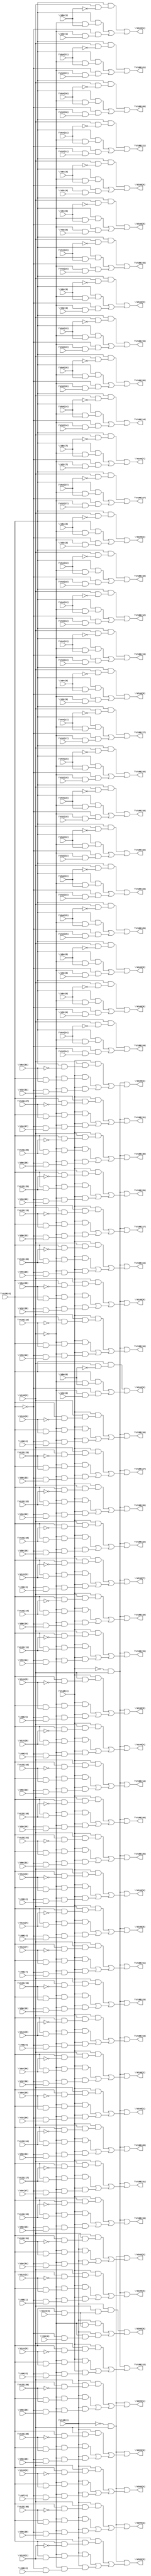
// IWLS benchmark module "i6" printed on Wed May 29 17:26:47 2002
module i6(\V138(0) , \V138(2) , \V32(27) , \V32(26) , \V32(25) , \V32(24) , \V32(23) , \V32(22) , \V32(21) , \V32(20) , \V32(19) , \V32(18) , \V32(17) , \V32(16) , \V32(15) , \V32(14) , \V32(13) , \V32(12) , \V32(11) , \V32(10) , \V32(9) , \V32(8) , \V32(7) , \V32(6) , \V32(5) , \V32(4) , \V32(3) , \V32(2) , \V32(1) , \V32(0) , \V64(27) , \V64(26) , \V64(25) , \V64(24) , \V64(23) , \V64(22) , \V64(21) , \V64(20) , \V64(19) , \V64(18) , \V64(17) , \V64(16) , \V64(15) , \V64(14) , \V64(13) , \V64(12) , \V64(11) , \V64(10) , \V64(9) , \V64(8) , \V64(7) , \V64(6) , \V64(5) , \V64(4) , \V64(3) , \V64(2) , \V64(1) , \V64(0) , \V96(27) , \V138(4) , \V96(26) , \V96(25) , \V96(24) , \V96(23) , \V96(22) , \V96(21) , \V96(20) , \V96(19) , \V96(18) , \V96(17) , \V96(16) , \V96(15) , \V96(14) , \V96(13) , \V96(12) , \V96(11) , \V96(10) , \V96(9) , \V96(8) , \V96(7) , \V96(6) , \V96(5) , \V96(4) , \V96(3) , \V96(2) , \V96(1) , \V96(0) , \V32(31) , \V32(30) , \V32(29) , \V32(28) , \V131(27) , \V131(26) , \V131(25) , \V131(24) , \V131(23) , \V131(22) , \V131(21) , \V131(20) , \V131(19) , \V131(18) , \V131(17) , \V131(16) , \V131(15) , \V131(14) , \V131(13) , \V131(12) , \V131(11) , \V131(10) , \V131(9) , \V131(8) , \V131(7) , \V131(6) , \V131(5) , \V131(4) , \V131(3) , \V131(2) , \V131(1) , \V131(0) , \V64(31) , \V64(30) , \V64(29) , \V64(28) , \V99(0) , \V138(3) , \V98(0) , \V97(0) , \V96(31) , \V96(30) , \V96(29) , \V96(28) , \V134(0) , \V133(1) , \V133(0) , \V131(31) , \V131(30) , \V131(29) , \V131(28) , \V166(27) , \V166(26) , \V166(25) , \V166(24) , \V166(23) , \V166(22) , \V166(21) , \V166(20) , \V166(19) , \V166(18) , \V166(17) , \V166(16) , \V166(15) , \V166(14) , \V166(13) , \V166(12) , \V166(11) , \V166(10) , \V166(9) , \V166(8) , \V166(7) , \V166(6) , \V166(5) , \V166(4) , \V166(3) , \V166(2) , \V166(1) , \V166(0) , \V198(31) , \V198(30) , \V198(29) , \V198(28) , \V198(27) , \V198(26) , \V198(25) , \V198(24) , \V198(23) , \V198(22) , \V198(21) , \V198(20) , \V198(19) , \V198(18) , \V198(17) , \V198(16) , \V198(15) , \V198(14) , \V198(13) , \V198(12) , \V198(11) , \V198(10) , \V198(9) , \V198(8) , \V198(7) , \V198(6) , \V198(5) , \V198(4) , \V198(3) , \V198(2) , \V198(1) , \V198(0) , \V205(6) , \V205(5) , \V205(4) , \V205(3) , \V205(2) , \V205(1) , \V205(0) );
input
  \V138(0) ,
  \V96(0) ,
  \V96(1) ,
  \V64(13) ,
  \V96(2) ,
  \V64(12) ,
  \V96(3) ,
  \V64(15) ,
  \V96(4) ,
  \V64(14) ,
  \V96(5) ,
  \V96(6) ,
  \V96(7) ,
  \V64(11) ,
  \V96(8) ,
  \V64(10) ,
  \V96(9) ,
  \V97(0) ,
  \V64(17) ,
  \V64(16) ,
  \V64(19) ,
  \V64(18) ,
  \V64(23) ,
  \V64(22) ,
  \V64(25) ,
  \V64(24) ,
  \V98(0) ,
  \V64(21) ,
  \V64(20) ,
  \V64(27) ,
  \V64(26) ,
  \V64(29) ,
  \V64(28) ,
  \V99(0) ,
  \V64(31) ,
  \V64(30) ,
  \V32(0) ,
  \V32(1) ,
  \V32(2) ,
  \V32(3) ,
  \V32(13) ,
  \V32(4) ,
  \V32(12) ,
  \V32(5) ,
  \V32(15) ,
  \V32(6) ,
  \V32(14) ,
  \V32(7) ,
  \V32(8) ,
  \V32(9) ,
  \V32(11) ,
  \V32(10) ,
  \V32(17) ,
  \V32(16) ,
  \V32(19) ,
  \V32(18) ,
  \V32(23) ,
  \V32(22) ,
  \V32(25) ,
  \V32(24) ,
  \V32(21) ,
  \V32(20) ,
  \V131(27) ,
  \V131(26) ,
  \V32(27) ,
  \V131(29) ,
  \V96(13) ,
  \V32(26) ,
  \V131(28) ,
  \V96(12) ,
  \V32(29) ,
  \V96(15) ,
  \V32(28) ,
  \V96(14) ,
  \V96(11) ,
  \V96(10) ,
  \V131(21) ,
  \V131(20) ,
  \V32(31) ,
  \V131(23) ,
  \V131(3) ,
  \V32(30) ,
  \V131(22) ,
  \V131(2) ,
  \V131(25) ,
  \V131(5) ,
  \V96(17) ,
  \V131(24) ,
  \V131(4) ,
  \V96(16) ,
  \V131(17) ,
  \V96(19) ,
  \V131(16) ,
  \V96(18) ,
  \V131(19) ,
  \V131(1) ,
  \V96(23) ,
  \V131(18) ,
  \V131(0) ,
  \V96(22) ,
  \V96(25) ,
  \V96(24) ,
  \V131(7) ,
  \V96(21) ,
  \V131(6) ,
  \V96(20) ,
  \V131(11) ,
  \V131(9) ,
  \V131(10) ,
  \V131(8) ,
  \V131(13) ,
  \V131(12) ,
  \V131(15) ,
  \V96(27) ,
  \V131(14) ,
  \V96(26) ,
  \V96(29) ,
  \V96(28) ,
  \V64(0) ,
  \V96(31) ,
  \V133(1) ,
  \V64(1) ,
  \V96(30) ,
  \V133(0) ,
  \V64(2) ,
  \V64(3) ,
  \V64(4) ,
  \V64(5) ,
  \V64(6) ,
  \V64(7) ,
  \V64(8) ,
  \V64(9) ,
  \V134(0) ,
  \V131(31) ,
  \V131(30) ,
  \V138(3) ,
  \V138(2) ,
  \V138(4) ;
output
  \V198(11) ,
  \V198(10) ,
  \V198(13) ,
  \V198(12) ,
  \V198(15) ,
  \V198(14) ,
  \V166(3) ,
  \V166(2) ,
  \V166(5) ,
  \V166(4) ,
  \V166(1) ,
  \V166(0) ,
  \V166(7) ,
  \V166(6) ,
  \V166(9) ,
  \V166(8) ,
  \V198(31) ,
  \V198(30) ,
  \V205(3) ,
  \V205(2) ,
  \V205(5) ,
  \V205(4) ,
  \V166(27) ,
  \V166(26) ,
  \V198(3) ,
  \V198(2) ,
  \V205(1) ,
  \V198(5) ,
  \V205(0) ,
  \V198(4) ,
  \V198(1) ,
  \V198(0) ,
  \V205(6) ,
  \V166(21) ,
  \V166(20) ,
  \V166(23) ,
  \V166(22) ,
  \V198(7) ,
  \V166(25) ,
  \V198(6) ,
  \V166(24) ,
  \V198(9) ,
  \V166(17) ,
  \V198(8) ,
  \V166(16) ,
  \V166(19) ,
  \V166(18) ,
  \V166(11) ,
  \V166(10) ,
  \V166(13) ,
  \V166(12) ,
  \V166(15) ,
  \V166(14) ,
  \V198(27) ,
  \V198(26) ,
  \V198(29) ,
  \V198(28) ,
  \V198(21) ,
  \V198(20) ,
  \V198(23) ,
  \V198(22) ,
  \V198(25) ,
  \V198(24) ,
  \V198(17) ,
  \V198(16) ,
  \V198(19) ,
  \V198(18) ;
wire
  \V291(21) ,
  \V291(20) ,
  \V291(23) ,
  \V291(22) ,
  \V291(25) ,
  \V291(24) ,
  \V291(17) ,
  \V291(16) ,
  \V291(19) ,
  \V291(18) ,
  \V389(3) ,
  \V389(2) ,
  \V291(11) ,
  \V291(10) ,
  \V291(13) ,
  \V291(12) ,
  \V389(1) ,
  \V291(15) ,
  \V389(0) ,
  \V291(14) ,
  \V417(27) ,
  \V417(26) ,
  \[0] ,
  \[1] ,
  \[2] ,
  \[3] ,
  \V417(21) ,
  \[4] ,
  \V417(20) ,
  \[5] ,
  \V417(23) ,
  \[6] ,
  \V417(22) ,
  \[7] ,
  \V417(25) ,
  \[8] ,
  \V417(24) ,
  \[9] ,
  \V417(17) ,
  \V417(16) ,
  \V417(19) ,
  \V417(18) ,
  \V417(11) ,
  \V417(10) ,
  \V417(13) ,
  \V417(12) ,
  \V417(15) ,
  \V417(14) ,
  V206,
  V207,
  V208,
  V209,
  V210,
  V211,
  V212,
  V213,
  V214,
  V215,
  V216,
  V217,
  V218,
  V219,
  V220,
  V221,
  V222,
  V223,
  V224,
  V225,
  V226,
  V227,
  V228,
  V229,
  V230,
  V231,
  V232,
  V233,
  V234,
  V235,
  V236,
  V237,
  V238,
  V239,
  V240,
  V241,
  V242,
  V243,
  V244,
  V245,
  V246,
  V247,
  V248,
  V249,
  V250,
  V251,
  V252,
  V253,
  V254,
  V255,
  V256,
  V257,
  V258,
  V259,
  V260,
  V261,
  V262,
  V263,
  V292,
  V293,
  V294,
  V295,
  V296,
  V297,
  V298,
  V299,
  V300,
  V301,
  V302,
  V303,
  V304,
  V305,
  V306,
  V307,
  V308,
  V309,
  V310,
  V311,
  V312,
  V313,
  V314,
  V315,
  V316,
  V317,
  V318,
  V319,
  V320,
  V321,
  V322,
  V323,
  V324,
  V325,
  V326,
  V327,
  V328,
  V329,
  V330,
  V331,
  V332,
  V333,
  V334,
  V335,
  V336,
  V337,
  V338,
  V339,
  V340,
  V341,
  V342,
  V343,
  V344,
  V345,
  V346,
  V347,
  V348,
  V349,
  V350,
  V351,
  V352,
  V353,
  V354,
  V355,
  V356,
  V357,
  V358,
  V359,
  V360,
  V361,
  V362,
  V363,
  V364,
  V365,
  V366,
  V367,
  V368,
  V369,
  V370,
  V371,
  V372,
  V373,
  V374,
  V375,
  V376,
  V377,
  V378,
  V379,
  V380,
  V381,
  V382,
  V383,
  V384,
  V385,
  V418,
  V419,
  V420,
  V421,
  V422,
  V423,
  V424,
  V425,
  V426,
  V427,
  V428,
  V429,
  V430,
  V431,
  V432,
  V433,
  V434,
  V435,
  V436,
  V437,
  V438,
  V439,
  V440,
  V441,
  V442,
  V443,
  V444,
  V445,
  V446,
  V447,
  V448,
  V449,
  V450,
  V451,
  V452,
  V453,
  V454,
  V455,
  V456,
  V457,
  V458,
  V459,
  V460,
  V461,
  V462,
  V463,
  V464,
  V465,
  V466,
  V467,
  V474,
  V475,
  V476,
  V477,
  V478,
  V479,
  \V417(3) ,
  V480,
  V481,
  V482,
  \V417(2) ,
  \V417(5) ,
  \V417(4) ,
  \[10] ,
  \[11] ,
  \[12] ,
  \V417(1) ,
  \[13] ,
  \V417(0) ,
  \[14] ,
  \[15] ,
  \[16] ,
  \[17] ,
  \[18] ,
  \V417(7) ,
  \[19] ,
  \V417(6) ,
  \V417(9) ,
  \V417(8) ,
  \[20] ,
  \[21] ,
  \[22] ,
  \[23] ,
  \[24] ,
  \[25] ,
  \[26] ,
  \[27] ,
  \[28] ,
  \V471(3) ,
  \[29] ,
  \V471(2) ,
  \V471(1) ,
  \V471(0) ,
  \[30] ,
  \[31] ,
  \[32] ,
  \[33] ,
  \[34] ,
  \[35] ,
  \[36] ,
  \[37] ,
  \[38] ,
  \V291(3) ,
  \[39] ,
  \V291(2) ,
  \V291(5) ,
  \V291(4) ,
  \V291(1) ,
  \V291(0) ,
  \[40] ,
  \[41] ,
  \[42] ,
  \[43] ,
  \[44] ,
  \V291(7) ,
  \V473(1) ,
  \[45] ,
  \V291(6) ,
  \V473(0) ,
  \[46] ,
  \V291(9) ,
  \[47] ,
  \V291(8) ,
  \[48] ,
  \[49] ,
  \[50] ,
  \[51] ,
  \[52] ,
  \[53] ,
  \[54] ,
  \[55] ,
  \[56] ,
  \[57] ,
  \[58] ,
  \[59] ,
  \[60] ,
  \[61] ,
  \[62] ,
  \[63] ,
  \[64] ,
  \[65] ,
  \[66] ,
  \V291(27) ,
  \V291(26) ;
assign
  \V291(21)  = ~\V64(21) ,
  \V198(11)  = \[48] ,
  \V291(20)  = ~\V64(20) ,
  \V198(10)  = \[49] ,
  \V291(23)  = ~\V64(23) ,
  \V198(13)  = \[46] ,
  \V291(22)  = ~\V64(22) ,
  \V198(12)  = \[47] ,
  \V291(25)  = ~\V64(25) ,
  \V198(15)  = \[44] ,
  \V291(24)  = ~\V64(24) ,
  \V198(14)  = \[45] ,
  \V291(17)  = ~\V64(17) ,
  \V291(16)  = ~\V64(16) ,
  \V291(19)  = ~\V64(19) ,
  \V291(18)  = ~\V64(18) ,
  \V389(3)  = ~\V64(31) ,
  \V166(3)  = \[24] ,
  \V389(2)  = ~\V64(30) ,
  \V166(2)  = \[25] ,
  \V291(11)  = ~\V64(11) ,
  \V166(5)  = \[22] ,
  \V291(10)  = ~\V64(10) ,
  \V166(4)  = \[23] ,
  \V291(13)  = ~\V64(13) ,
  \V291(12)  = ~\V64(12) ,
  \V389(1)  = ~\V64(29) ,
  \V291(15)  = ~\V64(15) ,
  \V166(1)  = \[26] ,
  \V389(0)  = ~\V64(28) ,
  \V291(14)  = ~\V64(14) ,
  \V166(0)  = \[27] ,
  \V166(7)  = \[20] ,
  \V166(6)  = \[21] ,
  \V166(9)  = \[18] ,
  \V417(27)  = ~\V131(27) ,
  \V166(8)  = \[19] ,
  \V417(26)  = ~\V131(26) ,
  \V198(31)  = \[28] ,
  \V198(30)  = \[29] ,
  \[0]  = V292 | (V236 | V208),
  \[1]  = V293 | (V237 | V209),
  \[2]  = V294 | (V238 | V210),
  \[3]  = V295 | (V239 | V211),
  \V417(21)  = ~\V131(21) ,
  \[4]  = V296 | (V240 | V212),
  \V417(20)  = ~\V131(20) ,
  \[5]  = V297 | (V241 | V213),
  \V417(23)  = ~\V131(23) ,
  \[6]  = V298 | (V242 | V214),
  \V417(22)  = ~\V131(22) ,
  \[7]  = V299 | (V243 | V215),
  \V417(25)  = ~\V131(25) ,
  \[8]  = V300 | (V244 | V216),
  \V417(24)  = ~\V131(24) ,
  \[9]  = V301 | (V245 | V217),
  \V417(17)  = ~\V131(17) ,
  \V417(16)  = ~\V131(16) ,
  \V417(19)  = ~\V131(19) ,
  \V417(18)  = ~\V131(18) ,
  \V417(11)  = ~\V131(11) ,
  \V417(10)  = ~\V131(10) ,
  \V417(13)  = ~\V131(13) ,
  \V417(12)  = ~\V131(12) ,
  \V417(15)  = ~\V131(15) ,
  \V417(14)  = ~\V131(14) ,
  \V205(3)  = \[63] ,
  \V205(2)  = \[64] ,
  \V205(5)  = \[61] ,
  \V205(4)  = \[62] ,
  \V166(27)  = \[0] ,
  \V166(26)  = \[1] ,
  \V198(3)  = \[56] ,
  \V198(2)  = \[57] ,
  \V205(1)  = \[65] ,
  \V198(5)  = \[54] ,
  \V205(0)  = \[66] ,
  \V198(4)  = \[55] ,
  \V198(1)  = \[58] ,
  \V198(0)  = \[59] ,
  \V205(6)  = \[60] ,
  \V166(21)  = \[6] ,
  V206 = ~\V138(0) ,
  V207 = ~\V138(2) ,
  \V166(20)  = \[7] ,
  V208 = V206 & (V207 & \V32(27) ),
  V209 = V206 & (V207 & \V32(26) ),
  V210 = V206 & (V207 & \V32(25) ),
  V211 = V206 & (V207 & \V32(24) ),
  V212 = V206 & (V207 & \V32(23) ),
  V213 = V206 & (V207 & \V32(22) ),
  V214 = V206 & (V207 & \V32(21) ),
  V215 = V206 & (V207 & \V32(20) ),
  V216 = V206 & (V207 & \V32(19) ),
  V217 = V206 & (V207 & \V32(18) ),
  \V166(23)  = \[4] ,
  V218 = V206 & (V207 & \V32(17) ),
  V219 = V206 & (V207 & \V32(16) ),
  V220 = V206 & (V207 & \V32(15) ),
  V221 = V206 & (V207 & \V32(14) ),
  V222 = V206 & (V207 & \V32(13) ),
  V223 = V206 & (V207 & \V32(12) ),
  V224 = V206 & (V207 & \V32(11) ),
  V225 = V206 & (V207 & \V32(10) ),
  V226 = V206 & (V207 & \V32(9) ),
  V227 = V206 & (V207 & \V32(8) ),
  \V166(22)  = \[5] ,
  \V198(7)  = \[52] ,
  V228 = V206 & (V207 & \V32(7) ),
  V229 = V206 & (V207 & \V32(6) ),
  V230 = V206 & (V207 & \V32(5) ),
  V231 = V206 & (V207 & \V32(4) ),
  V232 = V206 & (V207 & \V32(3) ),
  V233 = V206 & (V207 & \V32(2) ),
  V234 = V206 & (V207 & \V32(1) ),
  V235 = V206 & (V207 & \V32(0) ),
  V236 = \V138(0)  & (V207 & \V64(27) ),
  V237 = \V138(0)  & (V207 & \V64(26) ),
  \V166(25)  = \[2] ,
  \V198(6)  = \[53] ,
  V238 = \V138(0)  & (V207 & \V64(25) ),
  V239 = \V138(0)  & (V207 & \V64(24) ),
  V240 = \V138(0)  & (V207 & \V64(23) ),
  V241 = \V138(0)  & (V207 & \V64(22) ),
  V242 = \V138(0)  & (V207 & \V64(21) ),
  V243 = \V138(0)  & (V207 & \V64(20) ),
  V244 = \V138(0)  & (V207 & \V64(19) ),
  V245 = \V138(0)  & (V207 & \V64(18) ),
  V246 = \V138(0)  & (V207 & \V64(17) ),
  V247 = \V138(0)  & (V207 & \V64(16) ),
  \V166(24)  = \[3] ,
  \V198(9)  = \[50] ,
  V248 = \V138(0)  & (V207 & \V64(15) ),
  V249 = \V138(0)  & (V207 & \V64(14) ),
  V250 = \V138(0)  & (V207 & \V64(13) ),
  V251 = \V138(0)  & (V207 & \V64(12) ),
  V252 = \V138(0)  & (V207 & \V64(11) ),
  V253 = \V138(0)  & (V207 & \V64(10) ),
  V254 = \V138(0)  & (V207 & \V64(9) ),
  V255 = \V138(0)  & (V207 & \V64(8) ),
  V256 = \V138(0)  & (V207 & \V64(7) ),
  V257 = \V138(0)  & (V207 & \V64(6) ),
  \V166(17)  = \[10] ,
  \V198(8)  = \[51] ,
  V258 = \V138(0)  & (V207 & \V64(5) ),
  V259 = \V138(0)  & (V207 & \V64(4) ),
  V260 = \V138(0)  & (V207 & \V64(3) ),
  V261 = \V138(0)  & (V207 & \V64(2) ),
  V262 = \V138(0)  & (V207 & \V64(1) ),
  V263 = \V138(0)  & (V207 & \V64(0) ),
  \V166(16)  = \[11] ,
  \V166(19)  = \[8] ,
  \V166(18)  = \[9] ,
  V292 = \V138(0)  & (\V138(2)  & \V291(27) ),
  V293 = \V138(0)  & (\V138(2)  & \V291(26) ),
  V294 = \V138(0)  & (\V138(2)  & \V291(25) ),
  V295 = \V138(0)  & (\V138(2)  & \V291(24) ),
  V296 = \V138(0)  & (\V138(2)  & \V291(23) ),
  V297 = \V138(0)  & (\V138(2)  & \V291(22) ),
  V298 = \V138(0)  & (\V138(2)  & \V291(21) ),
  V299 = \V138(0)  & (\V138(2)  & \V291(20) ),
  \V166(11)  = \[16] ,
  V300 = \V138(0)  & (\V138(2)  & \V291(19) ),
  V301 = \V138(0)  & (\V138(2)  & \V291(18) ),
  V302 = \V138(0)  & (\V138(2)  & \V291(17) ),
  V303 = \V138(0)  & (\V138(2)  & \V291(16) ),
  V304 = \V138(0)  & (\V138(2)  & \V291(15) ),
  V305 = \V138(0)  & (\V138(2)  & \V291(14) ),
  V306 = \V138(0)  & (\V138(2)  & \V291(13) ),
  V307 = \V138(0)  & (\V138(2)  & \V291(12) ),
  \V166(10)  = \[17] ,
  V308 = \V138(0)  & (\V138(2)  & \V291(11) ),
  V309 = \V138(0)  & (\V138(2)  & \V291(10) ),
  V310 = \V138(0)  & (\V138(2)  & \V291(9) ),
  V311 = \V138(0)  & (\V138(2)  & \V291(8) ),
  V312 = \V138(0)  & (\V138(2)  & \V291(7) ),
  V313 = \V138(0)  & (\V138(2)  & \V291(6) ),
  V314 = \V138(0)  & (\V138(2)  & \V291(5) ),
  V315 = \V138(0)  & (\V138(2)  & \V291(4) ),
  V316 = \V138(0)  & (\V138(2)  & \V291(3) ),
  V317 = \V138(0)  & (\V138(2)  & \V291(2) ),
  \V166(13)  = \[14] ,
  V318 = \V138(0)  & (\V138(2)  & \V291(1) ),
  V319 = \V138(0)  & (\V138(2)  & \V291(0) ),
  V320 = ~\V138(0) ,
  V321 = ~\V138(2) ,
  V322 = \V138(4)  & (V321 & (V320 & \V96(27) )),
  V323 = \V138(4)  & (V321 & (V320 & \V96(26) )),
  V324 = \V138(4)  & (V321 & (V320 & \V96(25) )),
  V325 = \V138(4)  & (V321 & (V320 & \V96(24) )),
  V326 = \V138(4)  & (V321 & (V320 & \V96(23) )),
  V327 = \V138(4)  & (V321 & (V320 & \V96(22) )),
  \V166(12)  = \[15] ,
  V328 = \V138(4)  & (V321 & (V320 & \V96(21) )),
  V329 = \V138(4)  & (V321 & (V320 & \V96(20) )),
  V330 = \V138(4)  & (V321 & (V320 & \V96(19) )),
  V331 = \V138(4)  & (V321 & (V320 & \V96(18) )),
  V332 = \V138(4)  & (V321 & (V320 & \V96(17) )),
  V333 = \V138(4)  & (V321 & (V320 & \V96(16) )),
  V334 = \V138(4)  & (V321 & (V320 & \V96(15) )),
  V335 = \V138(4)  & (V321 & (V320 & \V96(14) )),
  V336 = \V138(4)  & (V321 & (V320 & \V96(13) )),
  V337 = \V138(4)  & (V321 & (V320 & \V96(12) )),
  \V166(15)  = \[12] ,
  V338 = \V138(4)  & (V321 & (V320 & \V96(11) )),
  V339 = \V138(4)  & (V321 & (V320 & \V96(10) )),
  V340 = \V138(4)  & (V321 & (V320 & \V96(9) )),
  V341 = \V138(4)  & (V321 & (V320 & \V96(8) )),
  V342 = \V138(4)  & (V321 & (V320 & \V96(7) )),
  V343 = \V138(4)  & (V321 & (V320 & \V96(6) )),
  V344 = \V138(4)  & (V321 & (V320 & \V96(5) )),
  V345 = \V138(4)  & (V321 & (V320 & \V96(4) )),
  V346 = \V138(4)  & (V321 & (V320 & \V96(3) )),
  V347 = \V138(4)  & (V321 & (V320 & \V96(2) )),
  \V166(14)  = \[13] ,
  V348 = \V138(4)  & (V321 & (V320 & \V96(1) )),
  V349 = \V138(4)  & (V321 & (V320 & \V96(0) )),
  V350 = \V138(4)  & (V321 & (V320 & \V32(31) )),
  V351 = \V138(4)  & (V321 & (V320 & \V32(30) )),
  V352 = \V138(4)  & (V321 & (V320 & \V32(29) )),
  V353 = \V138(4)  & (V321 & (V320 & \V32(28) )),
  V354 = \V138(4)  & (V321 & (\V138(0)  & \V131(27) )),
  V355 = \V138(4)  & (V321 & (\V138(0)  & \V131(26) )),
  V356 = \V138(4)  & (V321 & (\V138(0)  & \V131(25) )),
  V357 = \V138(4)  & (V321 & (\V138(0)  & \V131(24) )),
  V358 = \V138(4)  & (V321 & (\V138(0)  & \V131(23) )),
  V359 = \V138(4)  & (V321 & (\V138(0)  & \V131(22) )),
  V360 = \V138(4)  & (V321 & (\V138(0)  & \V131(21) )),
  V361 = \V138(4)  & (V321 & (\V138(0)  & \V131(20) )),
  V362 = \V138(4)  & (V321 & (\V138(0)  & \V131(19) )),
  V363 = \V138(4)  & (V321 & (\V138(0)  & \V131(18) )),
  V364 = \V138(4)  & (V321 & (\V138(0)  & \V131(17) )),
  V365 = \V138(4)  & (V321 & (\V138(0)  & \V131(16) )),
  V366 = \V138(4)  & (V321 & (\V138(0)  & \V131(15) )),
  V367 = \V138(4)  & (V321 & (\V138(0)  & \V131(14) )),
  V368 = \V138(4)  & (V321 & (\V138(0)  & \V131(13) )),
  V369 = \V138(4)  & (V321 & (\V138(0)  & \V131(12) )),
  V370 = \V138(4)  & (V321 & (\V138(0)  & \V131(11) )),
  V371 = \V138(4)  & (V321 & (\V138(0)  & \V131(10) )),
  V372 = \V138(4)  & (V321 & (\V138(0)  & \V131(9) )),
  V373 = \V138(4)  & (V321 & (\V138(0)  & \V131(8) )),
  V374 = \V138(4)  & (V321 & (\V138(0)  & \V131(7) )),
  V375 = \V138(4)  & (V321 & (\V138(0)  & \V131(6) )),
  V376 = \V138(4)  & (V321 & (\V138(0)  & \V131(5) )),
  V377 = \V138(4)  & (V321 & (\V138(0)  & \V131(4) )),
  V378 = \V138(4)  & (V321 & (\V138(0)  & \V131(3) )),
  V379 = \V138(4)  & (V321 & (\V138(0)  & \V131(2) )),
  V380 = \V138(4)  & (V321 & (\V138(0)  & \V131(1) )),
  V381 = \V138(4)  & (V321 & (\V138(0)  & \V131(0) )),
  V382 = \V138(4)  & (V321 & (\V138(0)  & \V64(31) )),
  V383 = \V138(4)  & (V321 & (\V138(0)  & \V64(30) )),
  V384 = \V138(4)  & (V321 & (\V138(0)  & \V64(29) )),
  V385 = \V138(4)  & (V321 & (\V138(0)  & \V64(28) )),
  V418 = \V138(4)  & (\V138(2)  & (\V138(0)  & \V417(27) )),
  V419 = \V138(4)  & (\V138(2)  & (\V138(0)  & \V417(26) )),
  V420 = \V138(4)  & (\V138(2)  & (\V138(0)  & \V417(25) )),
  V421 = \V138(4)  & (\V138(2)  & (\V138(0)  & \V417(24) )),
  V422 = \V138(4)  & (\V138(2)  & (\V138(0)  & \V417(23) )),
  V423 = \V138(4)  & (\V138(2)  & (\V138(0)  & \V417(22) )),
  V424 = \V138(4)  & (\V138(2)  & (\V138(0)  & \V417(21) )),
  V425 = \V138(4)  & (\V138(2)  & (\V138(0)  & \V417(20) )),
  V426 = \V138(4)  & (\V138(2)  & (\V138(0)  & \V417(19) )),
  V427 = \V138(4)  & (\V138(2)  & (\V138(0)  & \V417(18) )),
  V428 = \V138(4)  & (\V138(2)  & (\V138(0)  & \V417(17) )),
  V429 = \V138(4)  & (\V138(2)  & (\V138(0)  & \V417(16) )),
  V430 = \V138(4)  & (\V138(2)  & (\V138(0)  & \V417(15) )),
  V431 = \V138(4)  & (\V138(2)  & (\V138(0)  & \V417(14) )),
  V432 = \V138(4)  & (\V138(2)  & (\V138(0)  & \V417(13) )),
  V433 = \V138(4)  & (\V138(2)  & (\V138(0)  & \V417(12) )),
  V434 = \V138(4)  & (\V138(2)  & (\V138(0)  & \V417(11) )),
  V435 = \V138(4)  & (\V138(2)  & (\V138(0)  & \V417(10) )),
  V436 = \V138(4)  & (\V138(2)  & (\V138(0)  & \V417(9) )),
  V437 = \V138(4)  & (\V138(2)  & (\V138(0)  & \V417(8) )),
  V438 = \V138(4)  & (\V138(2)  & (\V138(0)  & \V417(7) )),
  V439 = \V138(4)  & (\V138(2)  & (\V138(0)  & \V417(6) )),
  V440 = \V138(4)  & (\V138(2)  & (\V138(0)  & \V417(5) )),
  V441 = \V138(4)  & (\V138(2)  & (\V138(0)  & \V417(4) )),
  V442 = \V138(4)  & (\V138(2)  & (\V138(0)  & \V417(3) )),
  V443 = \V138(4)  & (\V138(2)  & (\V138(0)  & \V417(2) )),
  V444 = \V138(4)  & (\V138(2)  & (\V138(0)  & \V417(1) )),
  V445 = \V138(4)  & (\V138(2)  & (\V138(0)  & \V417(0) )),
  V446 = \V138(4)  & (\V138(2)  & (\V138(0)  & \V389(3) )),
  V447 = \V138(4)  & (\V138(2)  & (\V138(0)  & \V389(2) )),
  V448 = \V138(4)  & (\V138(2)  & (\V138(0)  & \V389(1) )),
  V449 = \V138(4)  & (\V138(2)  & (\V138(0)  & \V389(0) )),
  V450 = ~\V138(4) ,
  V451 = V450 & \V138(2) ,
  V452 = ~\V138(0) ,
  V453 = ~\V138(2) ,
  V454 = \V138(3)  & (V453 & (V452 & \V99(0) )),
  V455 = \V138(3)  & (V453 & (V452 & \V98(0) )),
  V456 = \V138(3)  & (V453 & (V452 & \V97(0) )),
  V457 = \V138(3)  & (V453 & (V452 & \V96(31) )),
  V458 = \V138(3)  & (V453 & (V452 & \V96(30) )),
  V459 = \V138(3)  & (V453 & (V452 & \V96(29) )),
  V460 = \V138(3)  & (V453 & (V452 & \V96(28) )),
  V461 = \V138(3)  & (V453 & (\V138(0)  & \V134(0) )),
  V462 = \V138(3)  & (V453 & (\V138(0)  & \V133(1) )),
  V463 = \V138(3)  & (V453 & (\V138(0)  & \V133(0) )),
  V464 = \V138(3)  & (V453 & (\V138(0)  & \V131(31) )),
  V465 = \V138(3)  & (V453 & (\V138(0)  & \V131(30) )),
  V466 = \V138(3)  & (V453 & (\V138(0)  & \V131(29) )),
  V467 = \V138(3)  & (V453 & (\V138(0)  & \V131(28) )),
  V474 = \V138(3)  & (\V138(2)  & (\V138(0)  & \V134(0) )),
  V475 = \V138(3)  & (\V138(2)  & (\V138(0)  & \V473(1) )),
  V476 = \V138(3)  & (\V138(2)  & (\V138(0)  & \V473(0) )),
  V477 = \V138(3)  & (\V138(2)  & (\V138(0)  & \V471(3) )),
  V478 = \V138(3)  & (\V138(2)  & (\V138(0)  & \V471(2) )),
  V479 = \V138(3)  & (\V138(2)  & (\V138(0)  & \V471(1) )),
  \V417(3)  = ~\V131(3) ,
  V480 = \V138(3)  & (\V138(2)  & (\V138(0)  & \V471(0) )),
  V481 = ~\V138(3) ,
  V482 = V481 & \V138(2) ,
  \V417(2)  = ~\V131(2) ,
  \V417(5)  = ~\V131(5) ,
  \V417(4)  = ~\V131(4) ,
  \[10]  = V302 | (V246 | V218),
  \[11]  = V303 | (V247 | V219),
  \[12]  = V304 | (V248 | V220),
  \V417(1)  = ~\V131(1) ,
  \[13]  = V305 | (V249 | V221),
  \V417(0)  = ~\V131(0) ,
  \[14]  = V306 | (V250 | V222),
  \[15]  = V307 | (V251 | V223),
  \[16]  = V308 | (V252 | V224),
  \[17]  = V309 | (V253 | V225),
  \[18]  = V310 | (V254 | V226),
  \V417(7)  = ~\V131(7) ,
  \[19]  = V311 | (V255 | V227),
  \V417(6)  = ~\V131(6) ,
  \V417(9)  = ~\V131(9) ,
  \V417(8)  = ~\V131(8) ,
  \[20]  = V312 | (V256 | V228),
  \[21]  = V313 | (V257 | V229),
  \[22]  = V314 | (V258 | V230),
  \[23]  = V315 | (V259 | V231),
  \[24]  = V316 | (V260 | V232),
  \[25]  = V317 | (V261 | V233),
  \[26]  = V318 | (V262 | V234),
  \[27]  = V319 | (V263 | V235),
  \[28]  = V451 | (V418 | (V354 | V322)),
  \V471(3)  = ~\V131(31) ,
  \[29]  = V451 | (V419 | (V355 | V323)),
  \V471(2)  = ~\V131(30) ,
  \V471(1)  = ~\V131(29) ,
  \V471(0)  = ~\V131(28) ,
  \[30]  = V451 | (V420 | (V356 | V324)),
  \[31]  = V451 | (V421 | (V357 | V325)),
  \[32]  = V451 | (V422 | (V358 | V326)),
  \[33]  = V451 | (V423 | (V359 | V327)),
  \[34]  = V451 | (V424 | (V360 | V328)),
  \[35]  = V451 | (V425 | (V361 | V329)),
  \[36]  = V451 | (V426 | (V362 | V330)),
  \[37]  = V451 | (V427 | (V363 | V331)),
  \[38]  = V451 | (V428 | (V364 | V332)),
  \V291(3)  = ~\V64(3) ,
  \[39]  = V451 | (V429 | (V365 | V333)),
  \V291(2)  = ~\V64(2) ,
  \V291(5)  = ~\V64(5) ,
  \V291(4)  = ~\V64(4) ,
  \V291(1)  = ~\V64(1) ,
  \V291(0)  = ~\V64(0) ,
  \[40]  = V451 | (V430 | (V366 | V334)),
  \[41]  = V451 | (V431 | (V367 | V335)),
  \[42]  = V451 | (V432 | (V368 | V336)),
  \[43]  = V451 | (V433 | (V369 | V337)),
  \[44]  = V451 | (V434 | (V370 | V338)),
  \V291(7)  = ~\V64(7) ,
  \V473(1)  = ~\V133(1) ,
  \[45]  = V451 | (V435 | (V371 | V339)),
  \V291(6)  = ~\V64(6) ,
  \V473(0)  = ~\V133(0) ,
  \[46]  = V451 | (V436 | (V372 | V340)),
  \V291(9)  = ~\V64(9) ,
  \[47]  = V451 | (V437 | (V373 | V341)),
  \V291(8)  = ~\V64(8) ,
  \[48]  = V451 | (V438 | (V374 | V342)),
  \[49]  = V451 | (V439 | (V375 | V343)),
  \[50]  = V451 | (V440 | (V376 | V344)),
  \[51]  = V451 | (V441 | (V377 | V345)),
  \[52]  = V451 | (V442 | (V378 | V346)),
  \[53]  = V451 | (V443 | (V379 | V347)),
  \[54]  = V451 | (V444 | (V380 | V348)),
  \[55]  = V451 | (V445 | (V381 | V349)),
  \[56]  = V451 | (V446 | (V382 | V350)),
  \[57]  = V451 | (V447 | (V383 | V351)),
  \[58]  = V451 | (V448 | (V384 | V352)),
  \[59]  = V451 | (V449 | (V385 | V353)),
  \[60]  = V474 | (V461 | V454),
  \[61]  = V482 | (V475 | (V462 | V455)),
  \[62]  = V482 | (V476 | (V463 | V456)),
  \[63]  = V482 | (V477 | (V464 | V457)),
  \V198(27)  = \[32] ,
  \[64]  = V482 | (V478 | (V465 | V458)),
  \V198(26)  = \[33] ,
  \[65]  = V482 | (V479 | (V466 | V459)),
  \V198(29)  = \[30] ,
  \[66]  = V482 | (V480 | (V467 | V460)),
  \V198(28)  = \[31] ,
  \V198(21)  = \[38] ,
  \V198(20)  = \[39] ,
  \V198(23)  = \[36] ,
  \V198(22)  = \[37] ,
  \V198(25)  = \[34] ,
  \V198(24)  = \[35] ,
  \V291(27)  = ~\V64(27) ,
  \V198(17)  = \[42] ,
  \V291(26)  = ~\V64(26) ,
  \V198(16)  = \[43] ,
  \V198(19)  = \[40] ,
  \V198(18)  = \[41] ;
endmodule